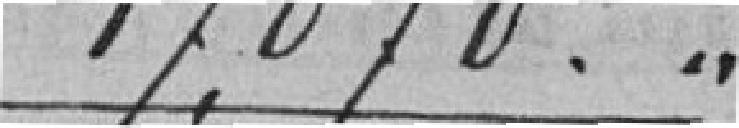
17.070